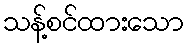
သန့်စင်ထားသော